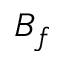
B _ { f }